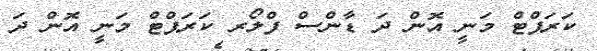
ކަރަޕްޓް މަނީ އޮން ދަ ޑާންސް ފްލޯރ ކަރަޕްޓް މަނީ އޮން ދަ